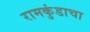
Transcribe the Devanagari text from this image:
रामकुंडाचा